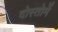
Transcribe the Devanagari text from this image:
दोस्तोमें